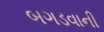
બગડવાની